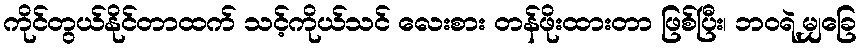
ကိုင်တွယ်နိုင်တာထက် သင့်ကိုယ်သင် လေးစား တန်ဖိုးထားတာ ဖြစ်ပြီး၊ ဘဝရဲ့မျှခြေ